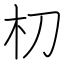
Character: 朷